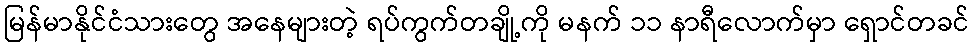
မြန်မာနိုင်ငံသားတွေ အနေများတဲ့ ရပ်ကွက်တချို့ကို မနက် ၁၁ နာရီလောက်မှာ ရှောင်တခင်